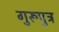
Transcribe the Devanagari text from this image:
गुरूपुत्र